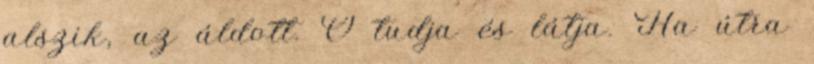
alszik, az áldott. Ó tudja és látja. Ha útra